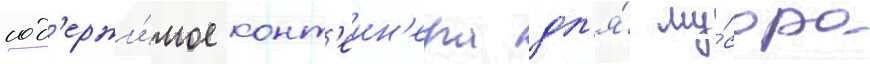
сод'ержи́мое конт'еин'ера дл'я́ му́сора